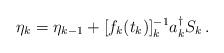
\begin{align*}\eta_k=\eta_{k-1} + [f_k(t_k)]^{-1}_k a_k^\dagger S_k \, .\end{align*}